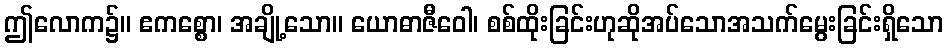
ဤလောက၌။ ဧကစ္စော၊ အချို့သော။ ယောဓာဇီဝေါ၊ စစ်ထိုးခြင်းဟုဆိုအပ်သောအသက်မွေးခြင်းရှိသော